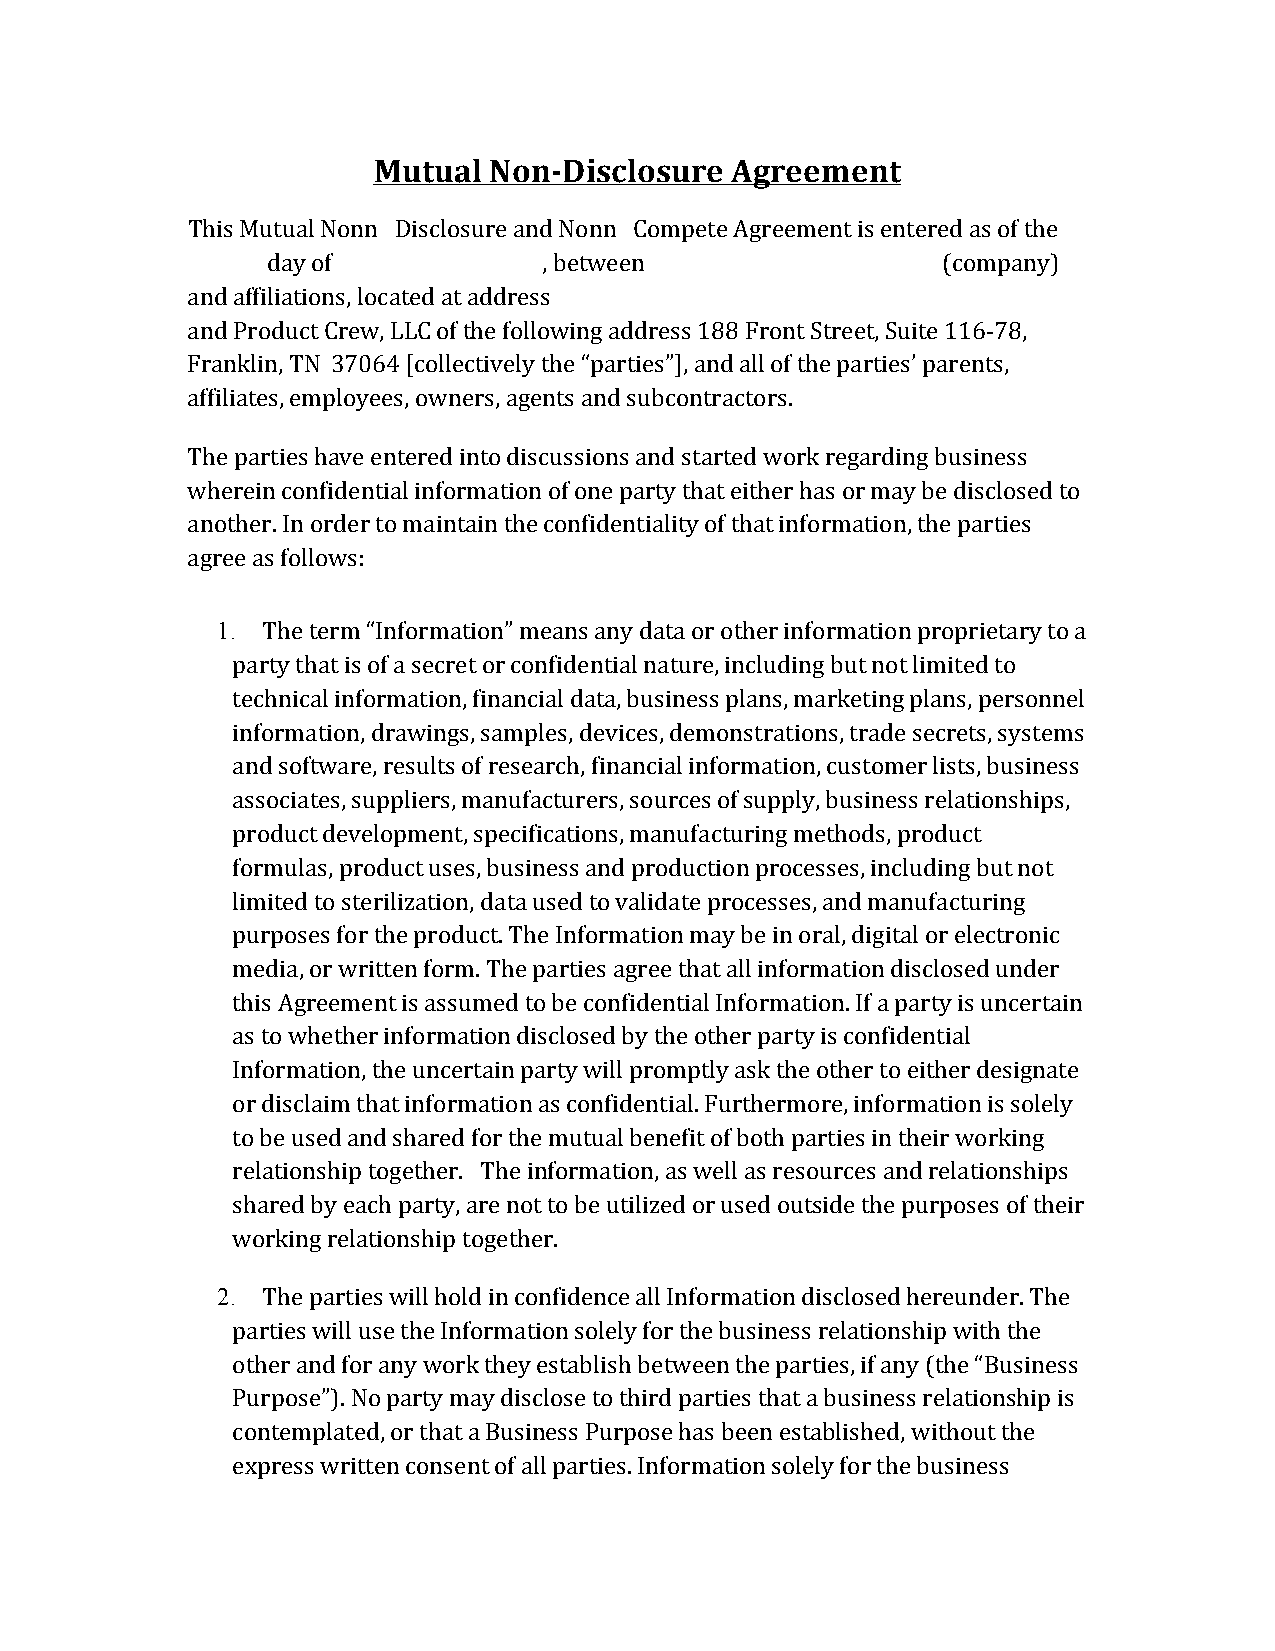
Mutual Non-­‐Disclosure Agreement
 This Mutual Nonn Disclosure and Nonn Compete Agreement is entered as of the
 ________ day of _______________ , between _________________________ (company)
 a   ffiliations, located at _________________________________________________________
 and Product Crew, LLC of the following address 188 Front Street, Suite 116 78,
 nd a              address
 Franklin, TN 37064 [collectively the “parties”], and all of the parties’ parents,
 -
 affiliates, employees, owners, agents and subcontractors.
 The parties have entered into discussions and started work regarding business
 wherein confidential information of one party that either has or may be disclosed to
 another. In order to maintain the confidentiality of that information, the parties
 agree as follows:
 1. The term “Information” means any data or other information proprietary to a
 party that is of a secret or confidential nature, including but not limited to
 technical information, financial data, business plans, marketing plans, personnel
 information, drawings, samples, devices, demonstrations, trade secrets, systems
 and software, results of research, financial information, customer lists, business
 associates, suppliers, manufacturers, sources of supply, business relationships,
 product development, specifications, manufacturing methods, product
 formulas, product uses, business and production processes, including but not
 limited to sterilization, data used to validate processes, and manufacturing
 purposes for the product. The Information may be in oral, digital or electronic
 media, or written form. The parties agree that all information disclosed under
 this Agreement is assumed to be confidential Information. If a party is uncertain
 as to whether information disclosed by the other party is confidential
 Information, the uncertain party will promptly ask the other to either designate
 or disclaim that information as confidential. Furthermore, information is solely
 to be used and shared for the mutual benefit of both parties in their working
 relationship together. The information, as well as resources and relationships
 shared by each party, are not to be utilized or used outside the purposes of their
 working relationship together.
 2. The parties will hold in confidence all Information disclosed hereunder. The
 parties will use the Information solely for the business relationship with the
 other and for any work they establish between the parties, if any (the “Business
 Purpose”). No party may disclose to third parties that a business relationship is
 contemplated, or that a Business Purpose has been established, without the
 express written consent of all parties. Information solely for the business